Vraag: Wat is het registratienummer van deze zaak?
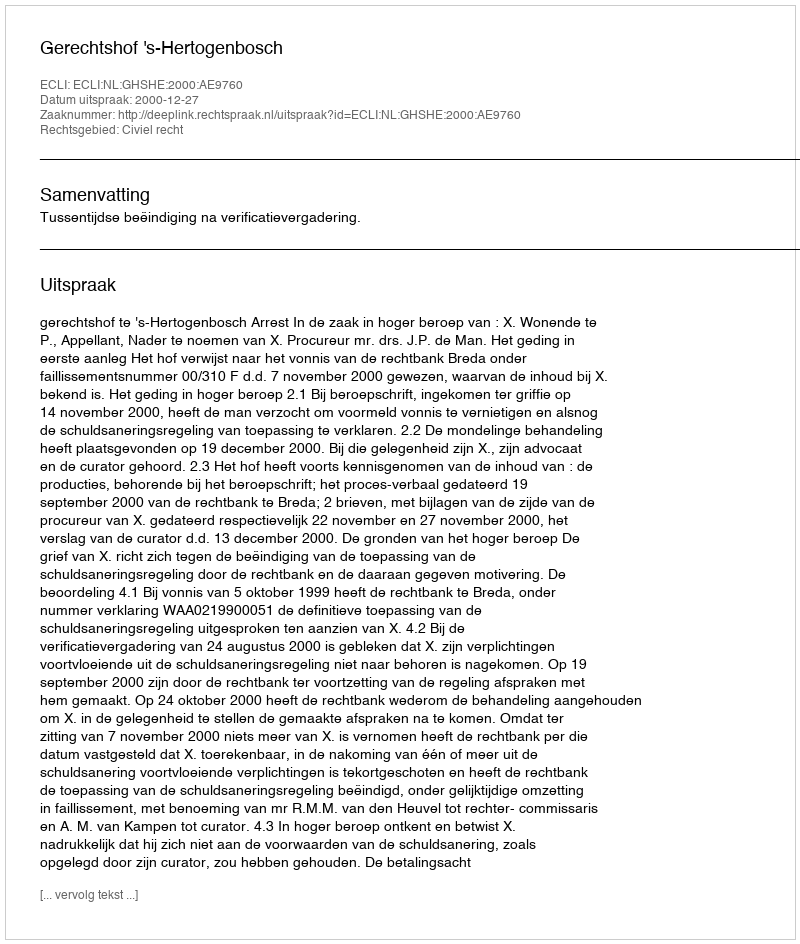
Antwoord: http://deeplink.rechtspraak.nl/uitspraak?id=ECLI:NL:GHSHE:2000:AE9760